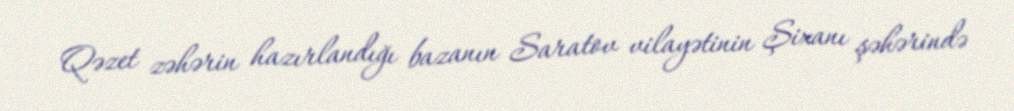
Qəzet zəhərin hazırlandığı bazanın Saratov vilayətinin Şixanı şəhərində